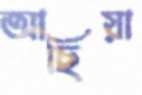
আছিয়া